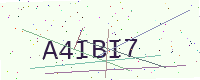
Text: A4IBI7